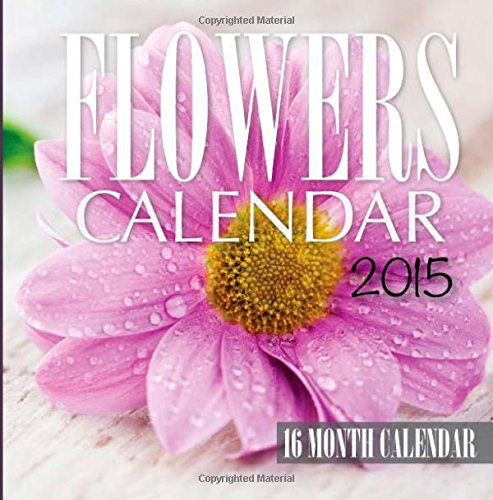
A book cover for Flowers Calendar 2015: 16 Month Calendar; James Bates; Calendars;